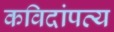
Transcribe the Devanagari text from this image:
कविदांपत्य